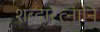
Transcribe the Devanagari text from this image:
शब्दारत्नानि